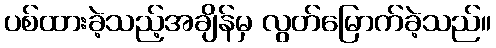
ပစ်ထားခဲ့သည့်အချိန်မှ လွတ်မြောက်ခဲ့သည်။